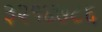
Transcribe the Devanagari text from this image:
३२१४७८६